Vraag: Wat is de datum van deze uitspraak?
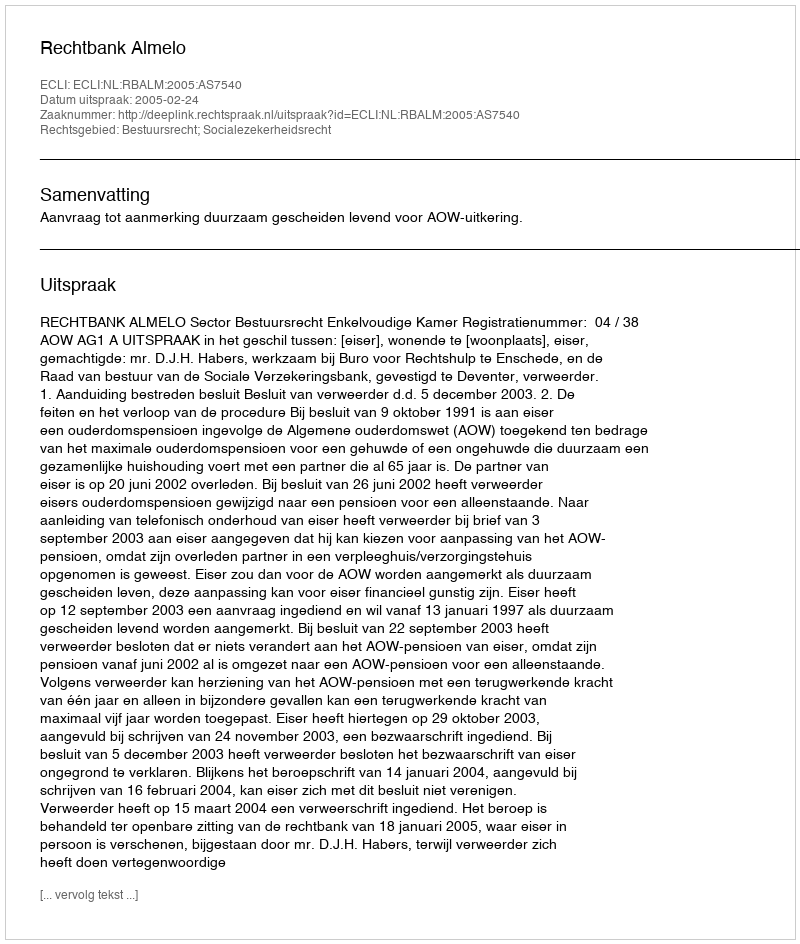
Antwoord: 2005-02-24